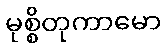
မုစ္စိတုကာမော